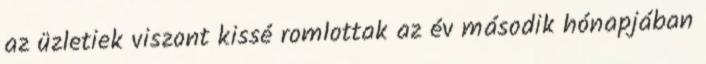
az üzletiek viszont kissé romlottak az év második hónapjában